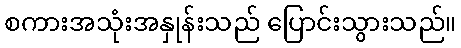
စကားအသုံးအနှုန်းသည် ပြောင်းသွားသည်။